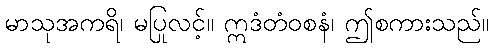
မာသုအကရိ၊ မပြုလင့်။ ဣဒံတံဝစနံ၊ ဤစကားသည်။